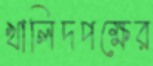
খালিদপক্ষের